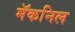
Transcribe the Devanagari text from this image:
मॅकनिल